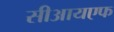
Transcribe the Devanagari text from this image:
सीआयएफ